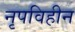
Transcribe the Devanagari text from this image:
नृपविहीन